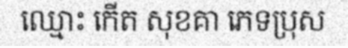
ឈ្មោះ កើត សុខគា ភេទប្រុស